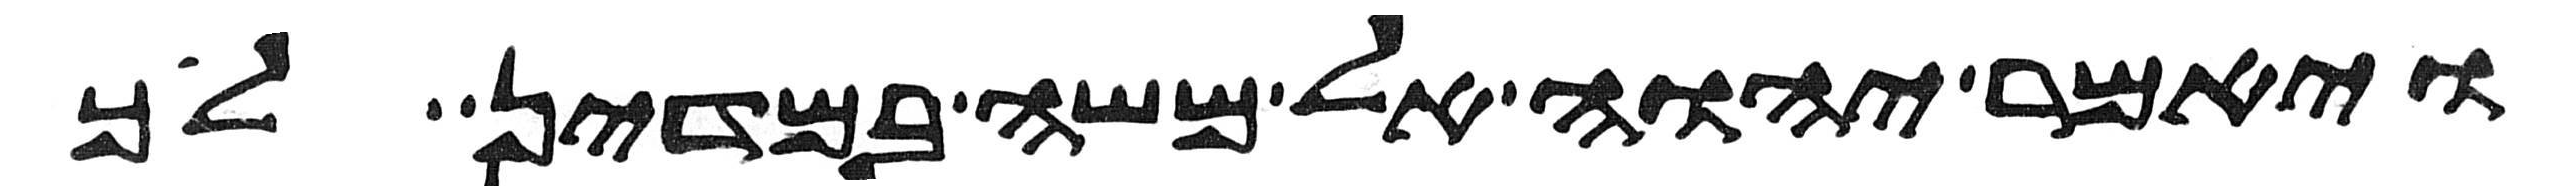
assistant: ויאמר יהוה אל משה במדין לך